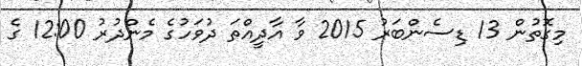
މިގޮތުން 13 ޑިސެންބަރު 2015 ވާ އާދީއްތަ ދުވަހުގެ މެންދުރު 12:00 ގެ